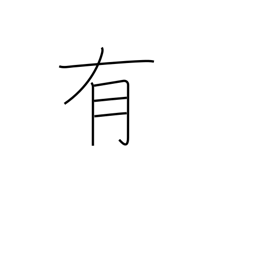
Meaning: occur